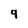
Character: 9